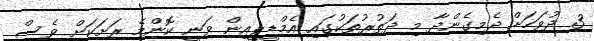
3 ދުވަހަށް ދެމިގެންދާ މި ދަތުރުތަކުގައި އެމްޑީޕީއިން ވަނީ ކޮންމެ ރަށަކަށް ވެސް